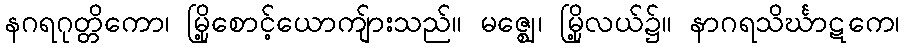
နဂရဂုတ္တိကော၊ မြို့စောင့်ယောကျ်ားသည်။ မဇ္ဈေ၊ မြို့လယ်၌။ နာဂရသိင်္ဃာဋကေ၊